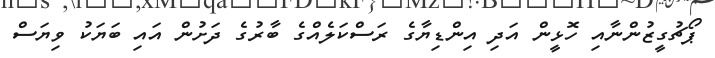
ޕޯޗުގީޒުންނާއި ހޮޅީން އަދި އިންޑިޔާގެ ރަސްކަލެއްގެ ބާރުގެ ދަށުން އައި ބަޔަކު ވިޔަސް